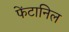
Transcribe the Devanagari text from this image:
फेंटानिल